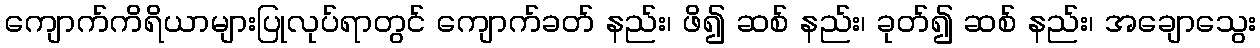
ကျောက်ကိရိယာများပြုလုပ်ရာတွင် ကျောက်ခတ် နည်း၊ ဖိ၍ ဆစ် နည်း၊ ခုတ်၍ ဆစ် နည်း၊ အချောသွေး